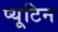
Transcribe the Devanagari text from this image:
प्यूटिन